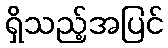
ရှိသည့်အပြင်